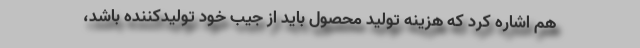
هم اشاره کرد که هزینه تولید محصول باید از جیب خود تولیدکننده باشد،